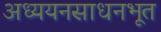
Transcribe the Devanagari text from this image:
अध्ययनसाधनभूत